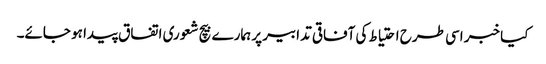
کیا خبر اسی طرح احتیاط کی آفاقی تدابیر پر ہمارے بیچ شعوری اتفاق پیدا ہو جائے۔